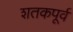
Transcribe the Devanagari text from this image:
शतकपूर्व